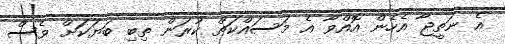
އެ ނަތީޖާ އެހެން އޮއްވާ އެ މަސައްކަތް ކުރަން ތިބި ބަޔަކަށް ވެސް